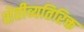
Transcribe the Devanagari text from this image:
शेतीव्यतिरिक्त